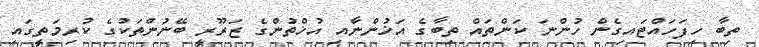
ތިބާ ހިފަހައްޓައިގެން ހުންނަ ކަންތައް ތިބާގެ އަޚުންނާއި އުޚްތުންގެ ޒަރޫރީ ބޭނުންތަކުގެ ކުރިމަތީގައި